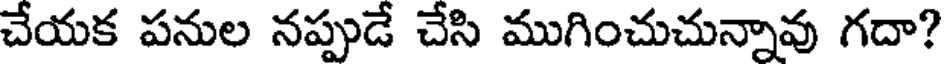
చేయక పనుల నప్పుడే చేసి ముగించుచున్నావు గదా?